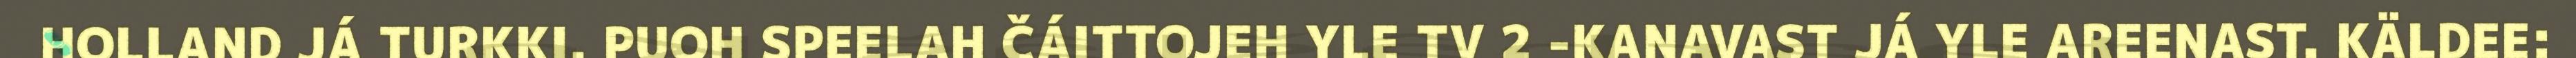
HOLLAND JÁ TURKKI. PUOH SPEELAH ČÁITTOJEH YLE TV 2 -KANAVAST JÁ YLE AREENAST. KÄLDEE: